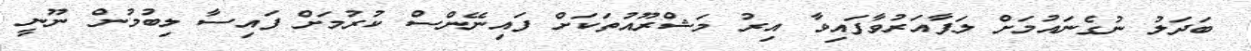
ބަދަލު ނުގެނައުމަށް ލަފާއަރުވާފައިވާ އިރު މަޝްރޫއުތަކަށް ފައިނޭންސް ކުރުމަށް ފައިސާ ލިބުމުން ނޫނީ